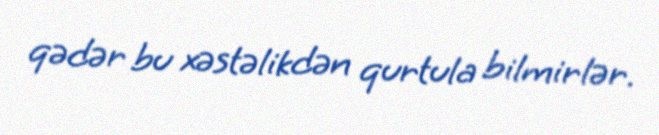
qədər bu xəstəlikdən qurtula bilmirlər.